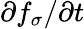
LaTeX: \partial f_{\sigma}/\partial t